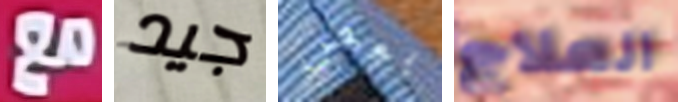
مع جيد بعض العلاج